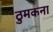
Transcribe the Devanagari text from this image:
ठुमकना